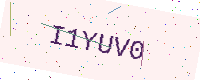
Text: I1YUV0